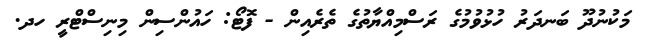
މަކުނުދޫ ބަނދަރު ހުޅުވުމުގެ ރަސްމިއްޔާތުގެ ތެރެއިން - ފޮޓޯ: ހައުންސިން މިނިސްޓްރީ ހދ.